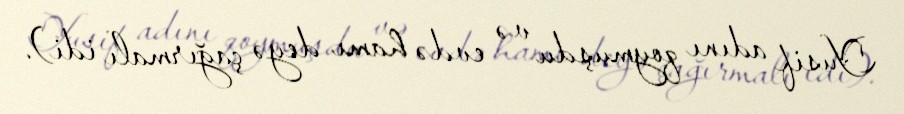
Yusif adını qoymuşdu və evdə hamı deyə çağırmalı idi).